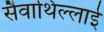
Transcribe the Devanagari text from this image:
सैवाथिल्लाई